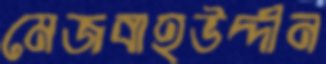
মেজবাহউদ্দীন